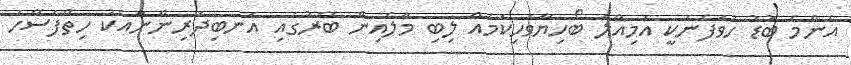
އެންމެ ބޮޑު ހުވަފެނަކީ އަމިއްލަ ބޯހިޔާވަހިކަމެއް ލިބި މާލެއިން ބޭރުގައި އަނބިދަރިންނާއެކު ހިތްފަސޭހަ